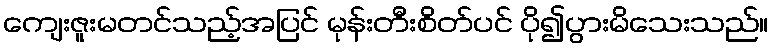
ကျေးဇူးမတင်သည့်အပြင် မုန်းတီးစိတ်ပင် ပို၍ပွားမိသေးသည်။